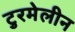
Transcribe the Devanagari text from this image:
टुरमेलीन